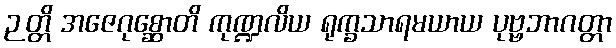
ဉတ္တိ အဇေဂုစ္ဆောတိ ကုဏ္ဍလိယ ရုက္ခသာရမယာယ ပုဗ္ဗဘာဂတ္တာ